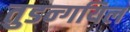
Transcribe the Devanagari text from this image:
तुडन्गयिल